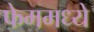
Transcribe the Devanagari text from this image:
फेममध्ये